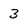
Character: 3